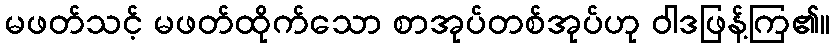
မဖတ်သင့် မဖတ်ထိုက်သော စာအုပ်တစ်အုပ်ဟု ဝါဒဖြန့်ကြ၏။